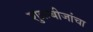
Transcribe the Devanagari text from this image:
शुक्रबीजांचा